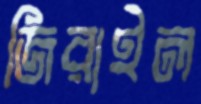
জিরাইল